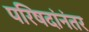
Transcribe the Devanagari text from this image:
परिषदांनंतर